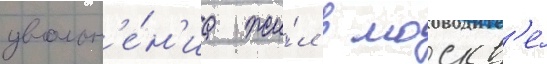
увольн'е́н'иа жи́л в москв'е́